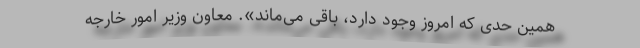
همین حدی که امروز وجود دارد، باقی می‌ماند». معاون وزیر امور خارجه